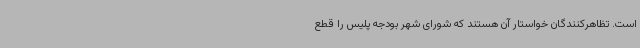
است. تظاهرکنندگان خواستار آن هستند که شورای شهر بودجه پلیس را قطع